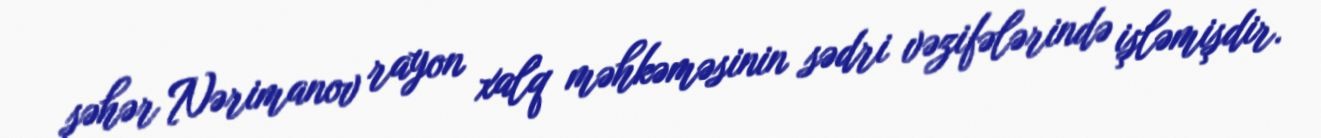
şəhər Nərimanov rayon xalq məhkəməsinin sədri vəzifələrində işləmişdir.